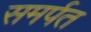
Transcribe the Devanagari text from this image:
समर्पत